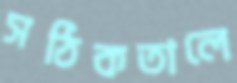
সঠিকতালে